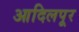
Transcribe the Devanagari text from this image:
आदिलपूर